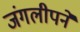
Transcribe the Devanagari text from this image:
जंगलीपने